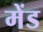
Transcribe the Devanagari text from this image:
मेंड